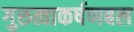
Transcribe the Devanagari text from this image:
गुरुत्वाकर्षणबल